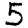
Digit: 5